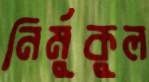
নির্মুকুল